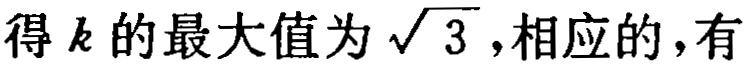
得 \(k\) 的最大值为 \(\sqrt{3}\)，相应的，有